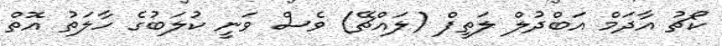
ކޯޗު އާދަމް އަބްދުލް ލަތީފް (ލައްޗޭ) ވެސް ވަނީ ކުލަބުގެ ހާލަތު އޮތް